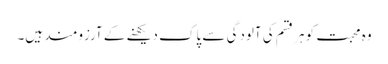
وہ محبت کو ہر قسم کی آلودگی سے پاک دیکھنے کے آرزومند ہیں۔